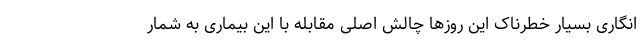
انگاری بسیار خطرناک این روزها چالش اصلی مقابله با این بیماری به شمار